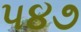
૫૪૭